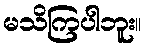
မသိကြပါဘူး။